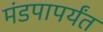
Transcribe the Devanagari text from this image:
मंडपापर्यंत